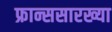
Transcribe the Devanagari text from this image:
फ्रान्ससारख्या